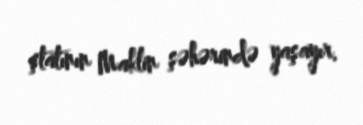
ştatının Maklin şəhərində yaşayır.